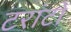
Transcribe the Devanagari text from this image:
टरांटों